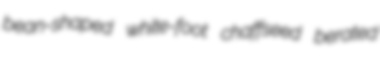
bean-shaped white-foot chaffseed berated